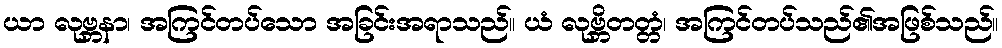
ယာ လုဗ္ဘနာ၊ အကြင်တပ်သော အခြင်းအရာသည်။ ယံ လုဗ္ဘိတတ္တံ၊ အကြင်တပ်သည်၏အဖြစ်သည်။